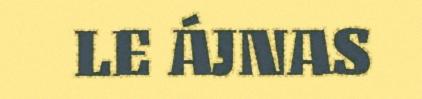
LE ÁJNAS